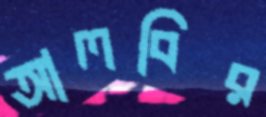
আলবির